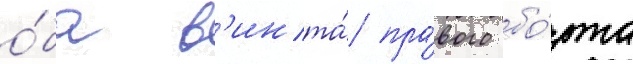
о́ба в'инта́ пра́вого бо́рта